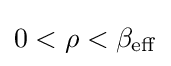
0<\rho <\beta _{\mathrm {eff} }